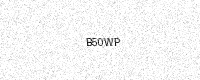
Text: B50WP